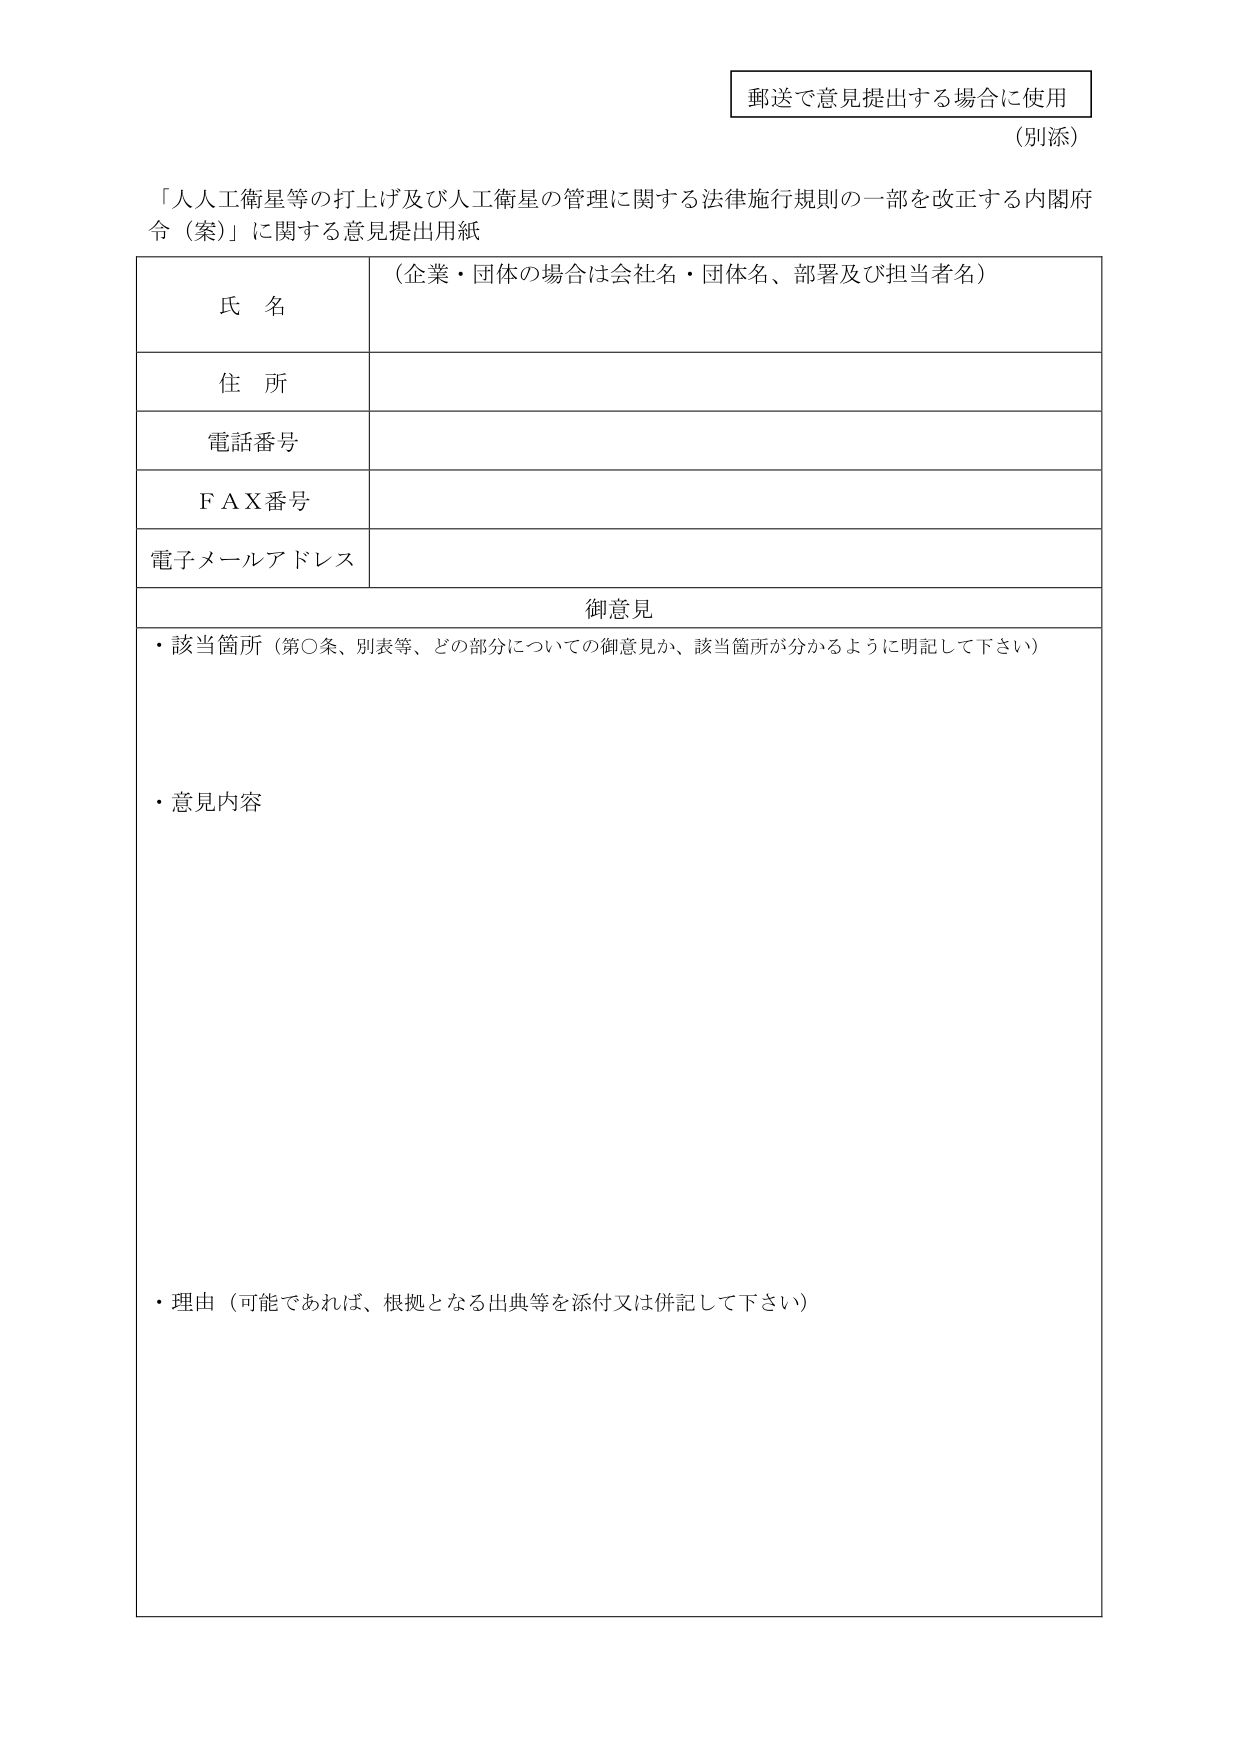
郵送で意見提出する場合に使用
（別添）

「人人工衛星等の打上げ及び人工衛星の管理に関する法律施行規則の一部を改正する内閣府令（案）」に関する意見提出用紙

氏 名 （企業・団体の場合は会社名・団体名、部署及び担当者名）
住 所
電話番号
ＦＡＸ番号
電子メールアドレス

御意見
・該当箇所（第○条、別表等、どの部分についての御意見か、該当箇所が分かるように明記して下さい）
・意見内容
・理由（可能であれば、根拠となる出典等を添付又は併記して下さい）